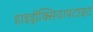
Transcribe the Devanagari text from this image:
हाइड्रॉक्सियापटाइट